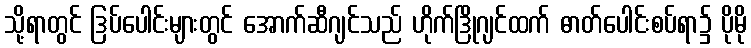
သို့ရာတွင် ဒြပ်ပေါင်းများတွင် အောက်ဆီဂျင်သည် ဟိုက်ဒြိုဂျင်ထက် ဓာတ်ပေါင်းစပ်ရာ၌ ပိုမို